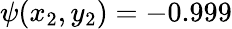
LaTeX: \psi(x_{2},y_{2})=-0.999